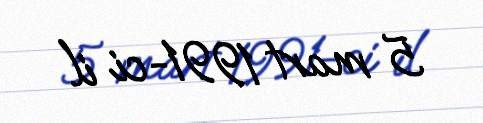
5 mart 1991-ci il